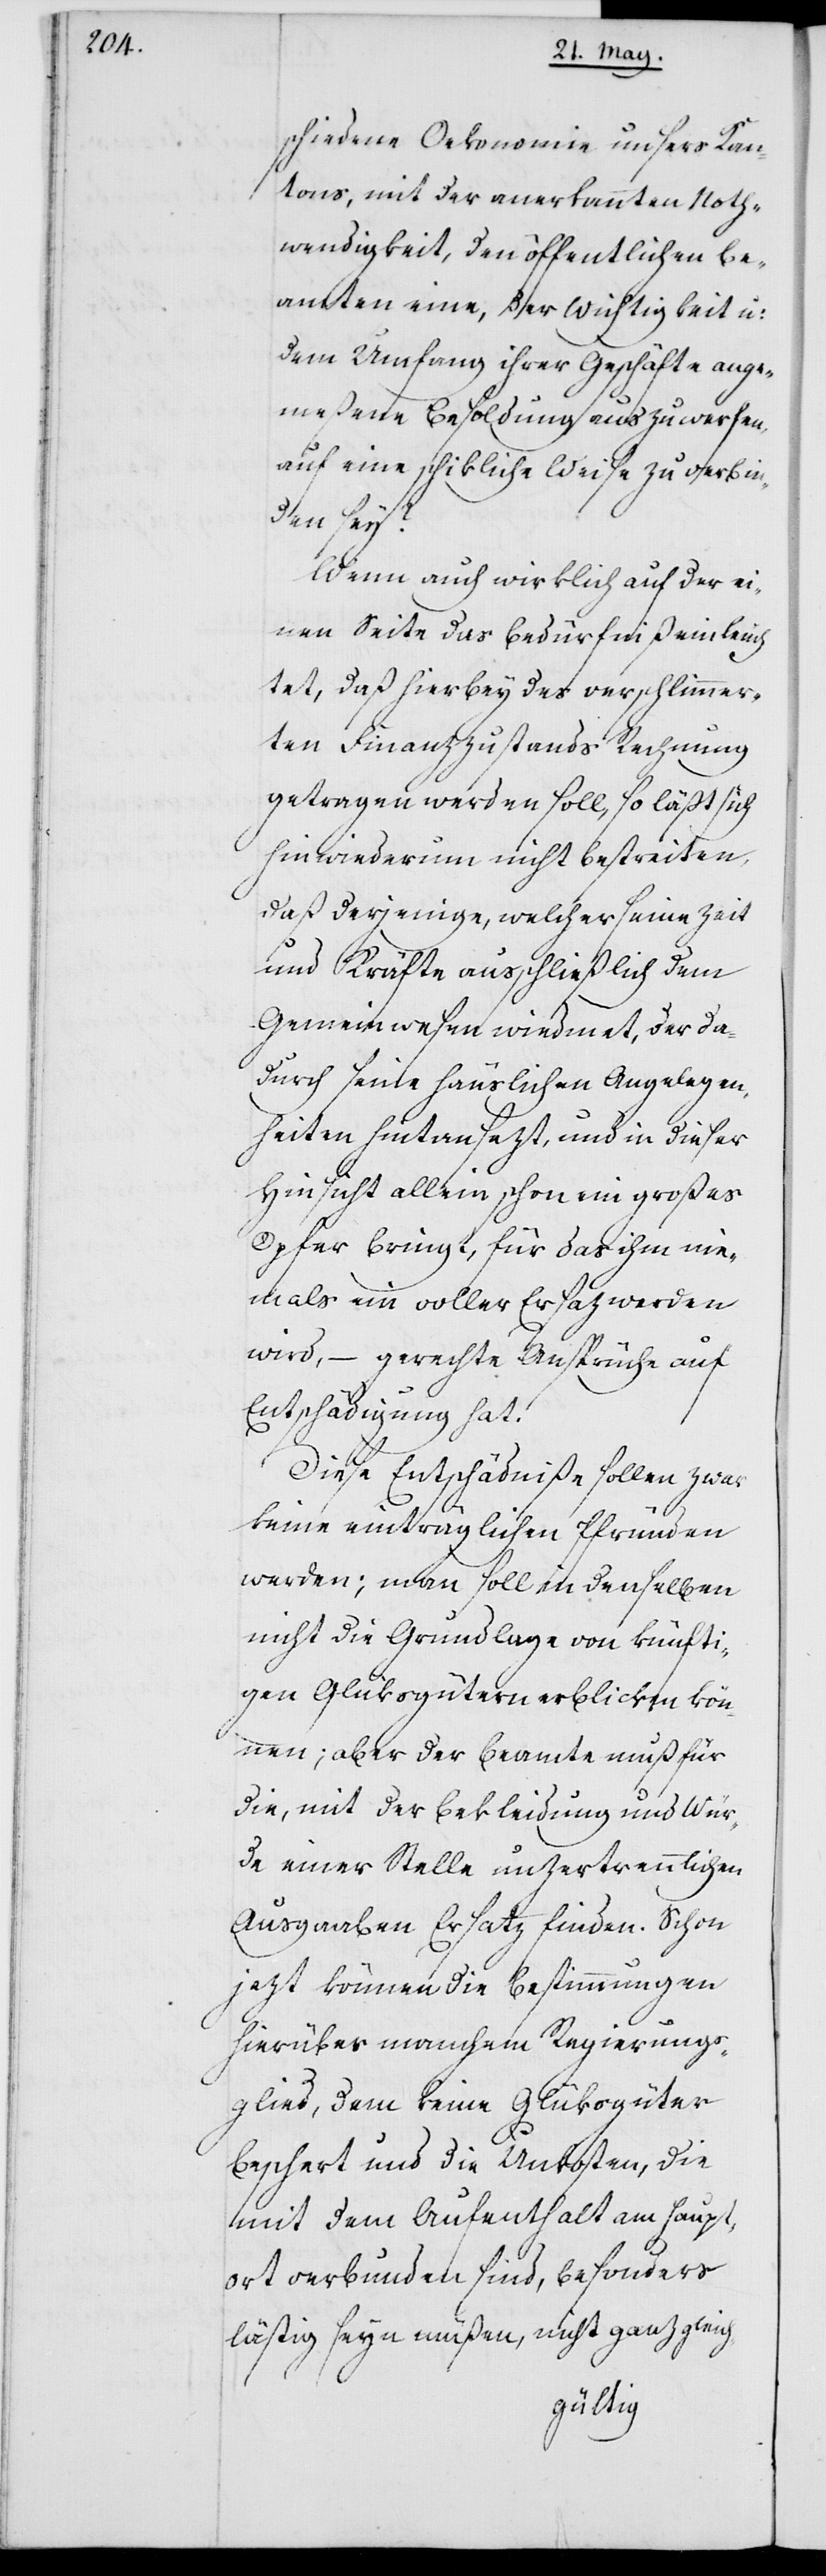
ge¬

schiedene Oekonomie unsers Kan¬
tons, mit der anerkannten Noth¬
wendigkeit, den öffentlichen Be¬
amten eine, der Wichtigkeit in
dem Umfang ihrer Geschäfte ange¬
meßene Besoldung auszuwerfen,
auf eine schikliche Weise zu verbin¬
den sey?
Wenn auch wirklich auf der ei¬
nen Seite das Bedürfniß einleuch¬
tet, daß hierbey des verschlimmer¬
ten Finanzzustands Rechnung
getragen werden soll, so läßt sich
hinwiederum nicht bestreiten,
daß derjenige, welcher seine Zeit
und Kräfte ausschließlich dem
Gemeinwesen wiedmet, der da¬
durch seine häuslichen Angelegen¬
heiten hintansezt, und in dieser
Hinsicht allein schon ein großes
Opfer bringt, für das ihm nie¬
mals ein voller Ersaz werden
wird, – gerechte Ansprüche auf
Entschädigung hat.
Diese Entschädniße sollen zwar
keine einträglichen Pfründen
werden; man soll in denselben
nicht die Grundlage von künfti¬
gen Glüksgütern erblicken kön¬
nen; aber der Beamte muß für
die, mit der Bekleidung und Wür¬
de einer Stelle unzertrennlichen
Ausgaaben Ersatz finden. Schon
jezt können die Bestimmungen
hierüber manchem Regierungs¬
glied, dem keine Glüksgüter
beschert und die Unkosten, die
mit dem Aufenthalt am Haupt¬
ort verbunden sind, besonders
lästig seyn müßen, nicht ganz gleich-